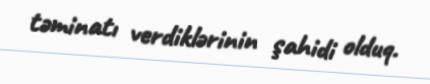
təminatı verdiklərinin şahidi olduq.